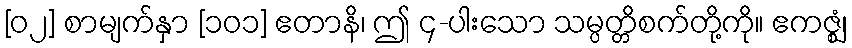
[၀၂] စာမျက်နှာ [၁၀၁] ဧတာနိ၊ ဤ ၄-ပါးသော သမ္ပတ္တိစက်တို့ကို။ ဧကဇ္ဈံ၊